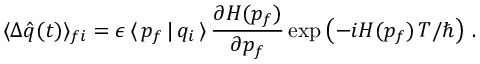
\langle \Delta \hat { q } ( t ) \rangle _ { f i } = \epsilon \, \langle \, p _ { f } \, | \, q _ { i } \, \rangle \, \frac { \partial H ( p _ { f } ) } { \partial p _ { f } } \exp \left( - i H ( p _ { f } ) \, T / \hbar \right) \, .